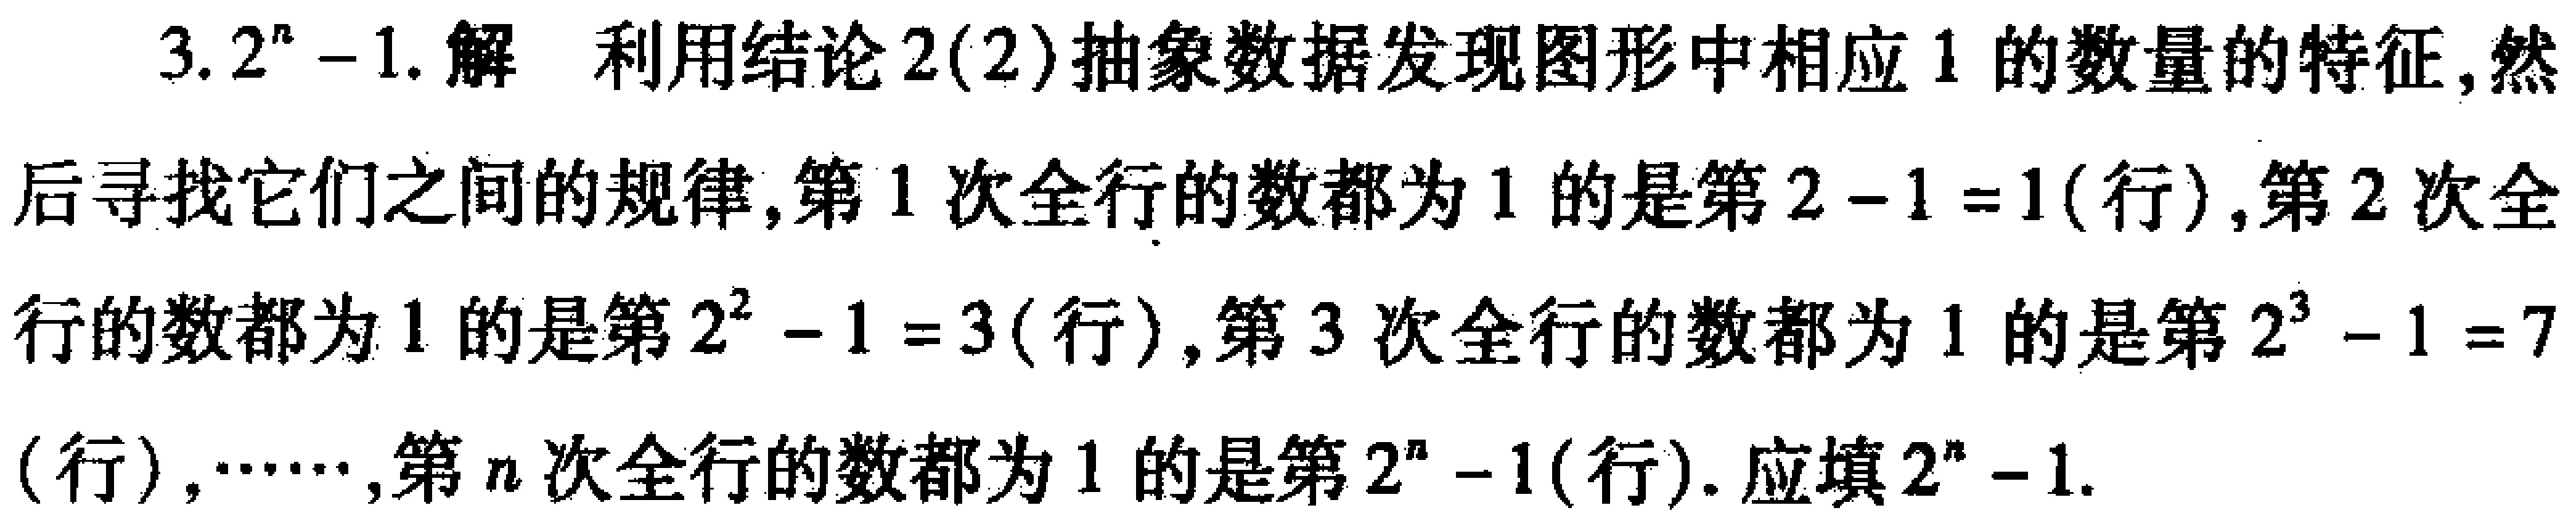
3. \(2^{n}-1\). 解 利用结论2(2)抽象数据发现图形中相应1的数量的特征,然后寻找它们之间的规律,第1次全行的数都为1的是第\(2 - 1 = 1\)(行),第2次全行的数都为1的是第\(2^{2}-1 = 3\)(行),第3次全行的数都为1的是第\(2^{3}-1 = 7\)(行),\(\cdots\cdots\),第\(n\)次全行的数都为1的是第\(2^{n}-1\)(行). 应填\(2^{n}-1\).